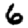
Digit: 6